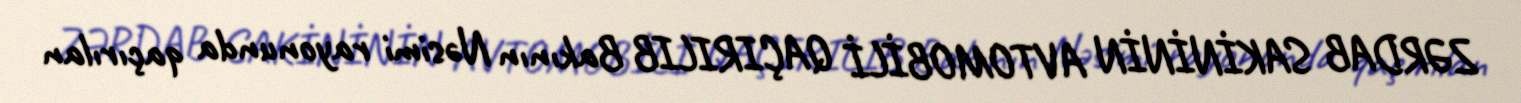
ZƏRDAB SAKİNİNİN AVTOMOBİLİ QAÇIRILIB Bakının Nəsimi rayonunda qaçırılan